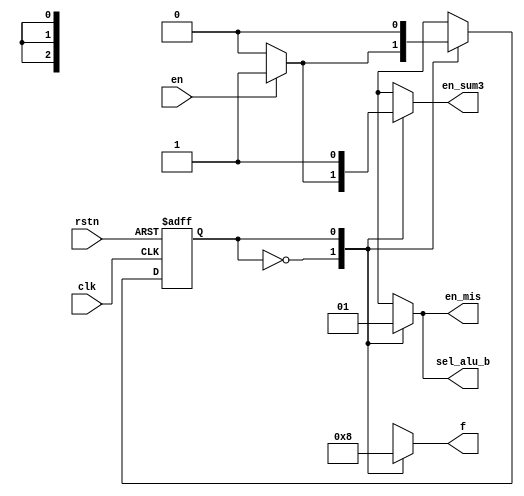
`timescale 1ns / 1ps
//////////////////////////////////////////////////////////////////////////////////
// Company: 
// Engineer: 
// 
// Design Name: 
// Module Name: cu
// Project Name: 
// Target Devices: 
// Tool Versions: 
// Description: 
// 
// Dependencies: 
// 
// Revision:
// Revision 0.01 - File Created
// Additional Comments:
// 
//////////////////////////////////////////////////////////////////////////////////


module cu(
    input clk, rstn, en,
    output reg sel_alu_b,
    output reg en_mis, en_sum3,
    output reg [2:0] f
);
    
    reg cs, ns;
    parameter S0 = 1'd0, S1 = 1'd1;
    parameter f_sub = 3'd0, f_add = 3'd1;

    always @(posedge clk, negedge rstn) begin
        if (!rstn) begin
            cs <= 0;
        end
        else cs <= ns;
    end

    always @(*) begin
        ns = cs;
        sel_alu_b = 0;
        en_mis = 0; en_sum3 = 0;
        f = 0;
        case(cs) 
            S0: begin
                sel_alu_b = 0; f = f_add; // sum3 + d
                if (en) begin
                    en_sum3 = 1;
                    ns = S1;
                end
                else ns = S0;
            end

            S1: begin
                sel_alu_b = 1; f = f_sub; // sum3 - mi3
                en_sum3 = 1;
                en_mis = 1; // shift mi1 to mi3
                ns = S0;
            end
        endcase
    end
endmodule